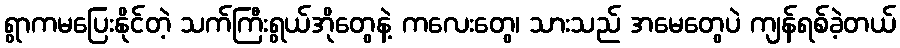
ရွာကမပြေးနိုင်တဲ့ သက်ကြီးရွယ်အိုတွေနဲ့ ကလေးတွေ၊ သားသည် အမေတွေပဲ ကျန်ရစ်ခဲ့တယ်